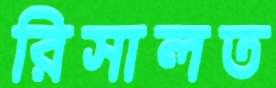
রিসালত